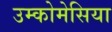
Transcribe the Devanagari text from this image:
उम्कोमेसिया